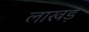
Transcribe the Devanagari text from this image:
लाखड़